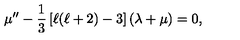
\mu ^ { \prime \prime } - \frac { 1 } { 3 } \left[ \ell ( \ell + 2 ) - 3 \right] \left( \lambda + \mu \right) = 0 ,